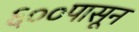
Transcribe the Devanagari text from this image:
६००पासून